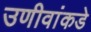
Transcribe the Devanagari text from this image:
उणीवांकडे